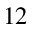
^ { 1 2 }